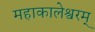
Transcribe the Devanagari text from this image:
महाकालेश्वरम्